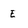
Character: E